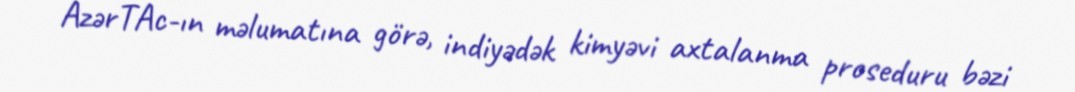
AzərTAc-ın məlumatına görə, indiyədək kimyəvi axtalanma proseduru bəzi